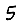
Digit: 5